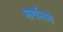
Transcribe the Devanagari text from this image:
मार्गांमध्ये